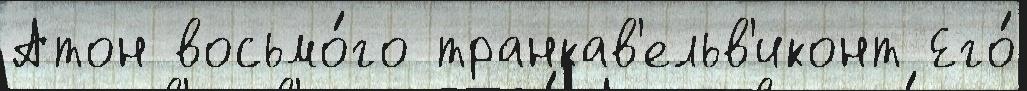
Атон восьмо́го транкав'ельв'иконт Его́